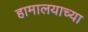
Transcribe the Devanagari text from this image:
हामालयाच्या